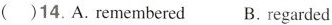
( )14. A. remembered B. regarded